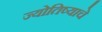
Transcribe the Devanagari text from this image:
ज्योतिष्याचे